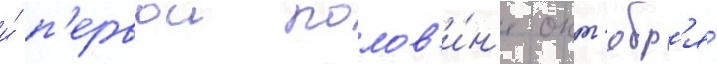
и́ п'ервои полов'и́н'е окт'ябр'я́